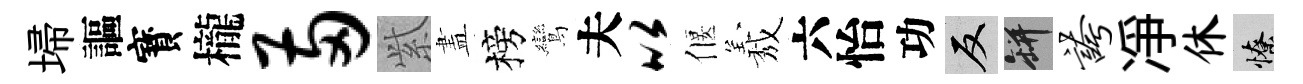
埽謳寳櫳两𬗋𥁞榜鸞夫以偃𦏁六怡功反瓶夸凈休憭